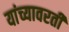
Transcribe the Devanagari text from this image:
यांच्यावरती